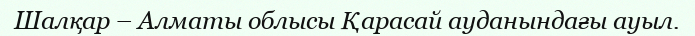
Шалқар – Алматы облысы Қарасай ауданындағы ауыл.